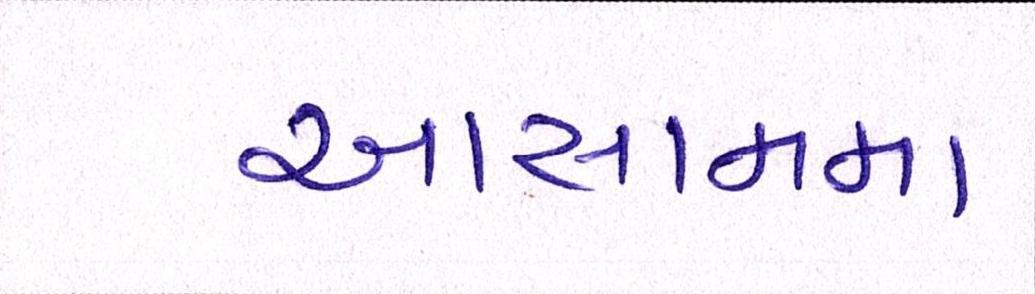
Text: આસામમા